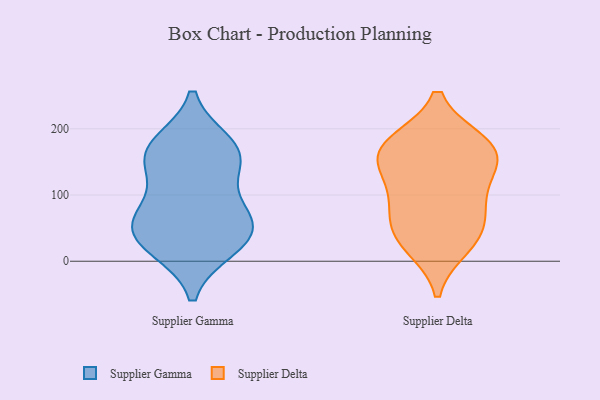
{"axis": {"x": "Revenue (USD Million)", "y": "Value"}, "legend": ["Supplier Delta", "Supplier Gamma"], "data": [{"x": "", "y": 175, "type": "Supplier Gamma"}, {"x": "", "y": 163, "type": "Supplier Gamma"}, {"x": "", "y": 153, "type": "Supplier Gamma"}, {"x": "", "y": 22, "type": "Supplier Gamma"}, {"x": "", "y": 85, "type": "Supplier Gamma"}, {"x": "", "y": 28, "type": "Supplier Gamma"}, {"x": "", "y": 48, "type": "Supplier Gamma"}, {"x": "", "y": 50, "type": "Supplier Gamma"}, {"x": "", "y": 157, "type": "Supplier Gamma"}, {"x": "", "y": 67, "type": "Supplier Gamma"}, {"x": "", "y": 79, "type": "Supplier Delta"}, {"x": "", "y": 178, "type": "Supplier Delta"}, {"x": "", "y": 121, "type": "Supplier Delta"}, {"x": "", "y": 89, "type": "Supplier Delta"}, {"x": "", "y": 178, "type": "Supplier Delta"}, {"x": "", "y": 156, "type": "Supplier Delta"}, {"x": "", "y": 36, "type": "Supplier Delta"}, {"x": "", "y": 24, "type": "Supplier Delta"}, {"x": "", "y": 169, "type": "Supplier Delta"}, {"x": "", "y": 46, "type": "Supplier Delta"}, {"x": "", "y": 151, "type": "Supplier Delta"}]}